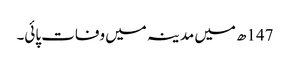
147ھ میں مدینہ میں وفات پائی۔